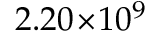
2 . 2 0 \! \times \! 1 0 ^ { 9 }